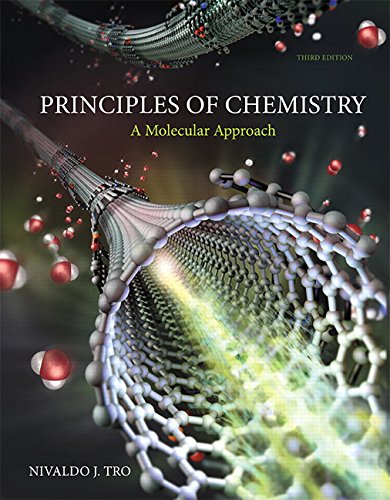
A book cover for Principles of Chemistry: A Molecular Approach (3rd Edition); Nivaldo J. Tro; Science & Math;